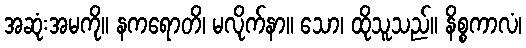
အဆုံးအမကို။ နကရောတိ၊ မလိုက်နာ။ သော၊ ထိုသူသည်။ နိစ္စကာလံ၊